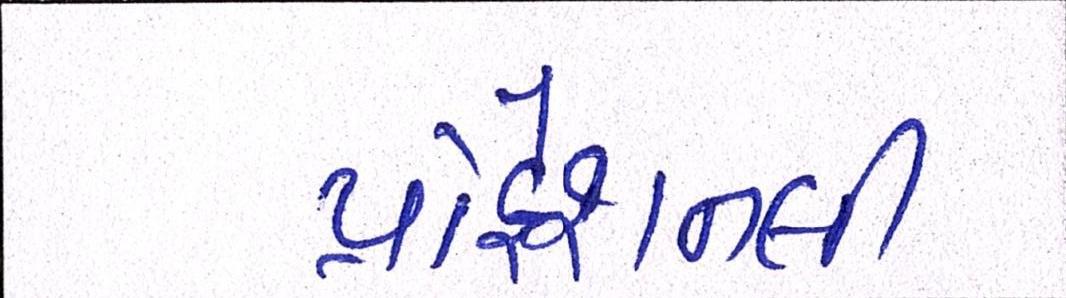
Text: પ્રોફેશનલી